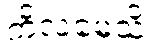
ကိလမေသိ